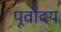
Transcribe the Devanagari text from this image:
पूर्वोदय